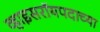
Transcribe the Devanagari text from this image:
व्हाइसरॉयपदाच्या